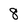
Character: 8